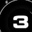
Digit: 3